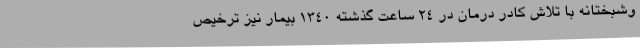
وشبختانه با تلاش کادر درمان در ۲۴ ساعت گذشته ۱۳۴۰ بیمار نیز ترخیص